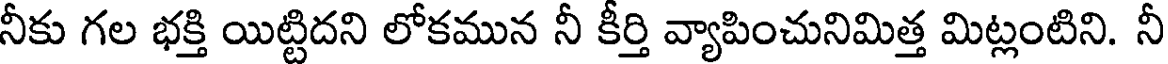
నీకు గల భక్తి యిట్టిదని లోకమున నీ కీర్తి వ్యాపించునిమిత్త మిట్లంటిని. నీ